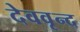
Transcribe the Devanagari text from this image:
देववृन्द